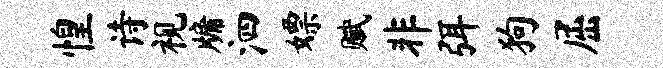
惶诗视牖泗嫖赋非弭狗屈